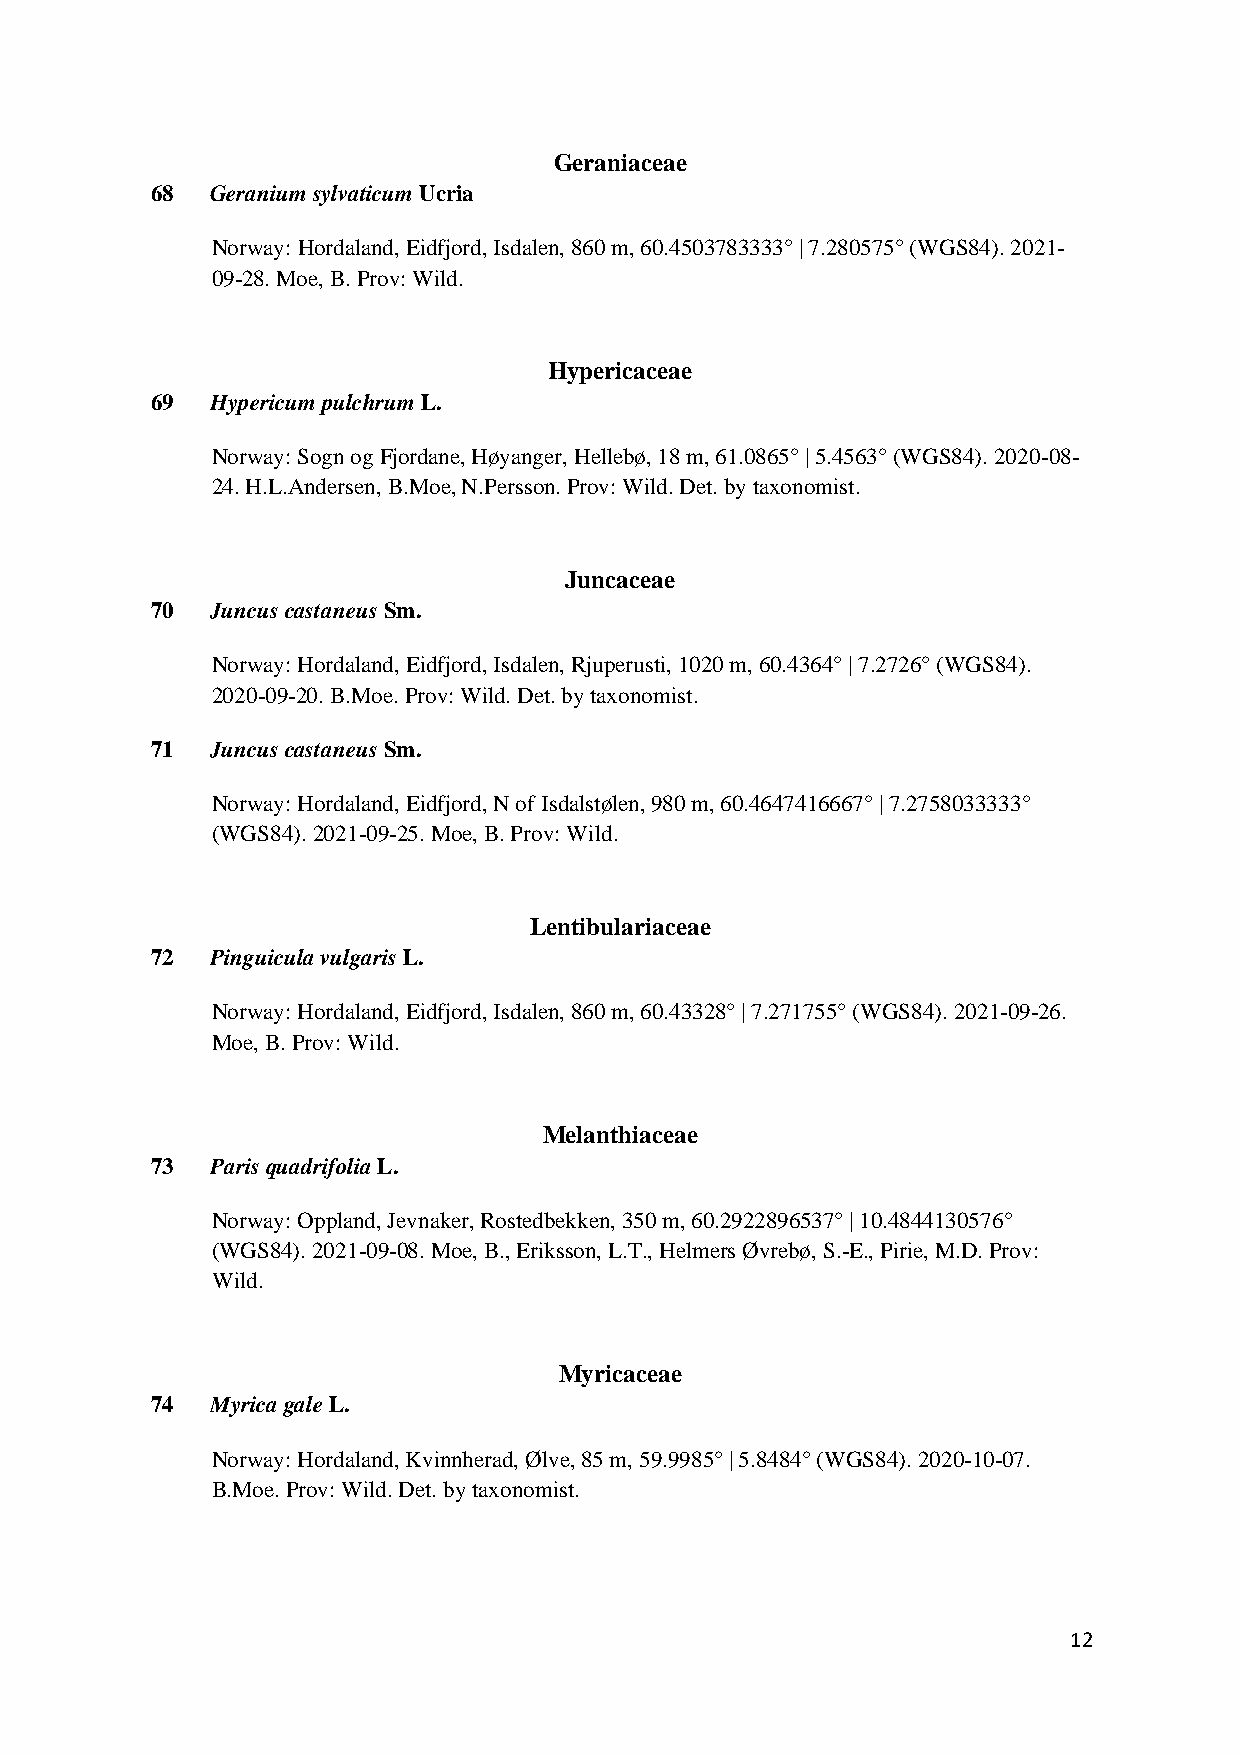
Geraniaceae
 68  Geranium sylvaticum Ucria
 Norway: Hordaland, Eidfjord, Isdalen, 860 m, 60.4503783333° | 7.280575° (WGS84). 2021-
 09-28. Moe, B. Prov: Wild.
 Hypericaceae
 69  Hypericum pulchrum L.
 Norway: Sogn og Fjordane, Høyanger, Hellebø, 18 m, 61.0865° | 5.4563° (WGS84). 2020-08-
 24. H.L.Andersen, B.Moe, N.Persson. Prov: Wild. Det. by taxonomist.
 Juncaceae
 70  Juncus castaneus Sm.
 Norway: Hordaland, Eidfjord, Isdalen, Rjuperusti, 1020 m, 60.4364° | 7.2726° (WGS84).
 2020-09-20. B.Moe. Prov: Wild. Det. by taxonomist.
 71  Juncus castaneus Sm.
 Norway: Hordaland, Eidfjord, N of Isdalstølen, 980 m, 60.4647416667° | 7.2758033333°
 (WGS84). 2021-09-25. Moe, B. Prov: Wild.
 Lentibulariaceae
 72  Pinguicula vulgaris L.
 Norway: Hordaland, Eidfjord, Isdalen, 860 m, 60.43328° | 7.271755° (WGS84). 2021-09-26.
 Moe, B. Prov: Wild.
 Melanthiaceae
 73  Paris quadrifolia L.
 Norway: Oppland, Jevnaker, Rostedbekken, 350 m, 60.2922896537° | 10.4844130576°
 (WGS84). 2021-09-08. Moe, B., Eriksson, L.T., Helmers Øvrebø, S.-E., Pirie, M.D. Prov:
 Wild.
 Myricaceae
 74  Myrica gale L.
 Norway: Hordaland, Kvinnherad, Ølve, 85 m, 59.9985° | 5.8484° (WGS84). 2020-10-07.
 B.Moe. Prov: Wild. Det. by taxonomist.
 12